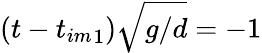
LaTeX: (t-{t_{im}}_{1})\sqrt{g/d}=-1